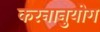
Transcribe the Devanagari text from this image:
करनानुयोग